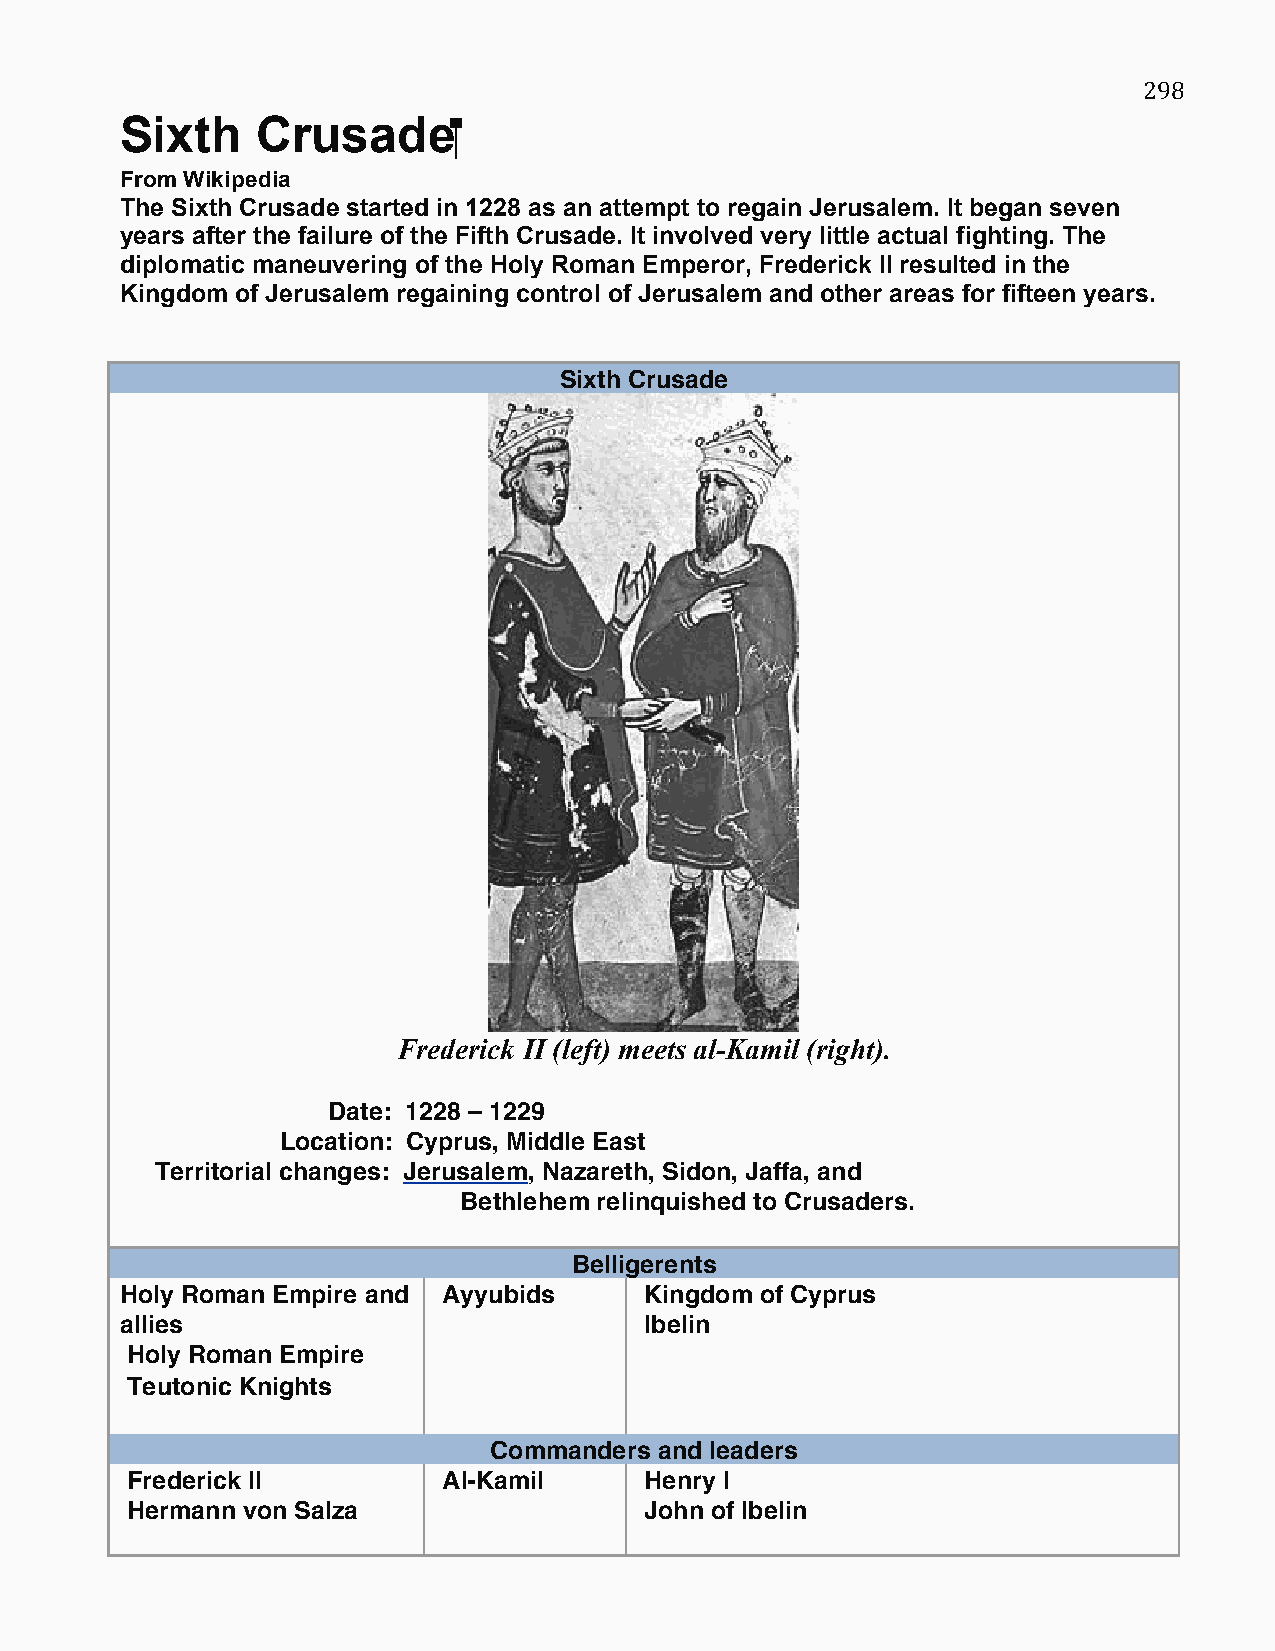
298
 Sixth    Crusade      ‬
 From Wikipedia
 The Sixth Crusade started in 1228 as an attempt to regain Jerusalem. It began seven
 years after the failure of the Fifth Crusade. It involved very little actual fighting. The
 diplomatic maneuvering of the Holy Roman Emperor, Frederick II resulted in the
 Kingdom of Jerusalem regaining control of Jerusalem and other areas for fifteen years.
 Sixth Crusade
 Frederick II (left) meets al-Kamil (right).
 Date: 1228 – 1229
 Location: Cyprus, Middle East
 Territorial changes: Jerusalem, Nazareth, Sidon, Jaffa, and
 Bethlehem relinquished to Crusaders.
 Belligerents
 Holy Roman Empire and Ayyubids     Kingdom of Cyprus
 allies                             Ibelin
 Holy Roman Empire
 Teutonic Knights
 Commanders  and leaders
 Frederick II         Al-Kamil      Henry I
 Hermann von Salza                  John of Ibelin